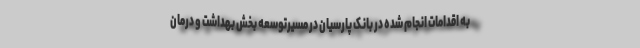
به اقدامات انجام شده در بانک پارسیان در مسیرتوسعه بخش بهداشت و درمان